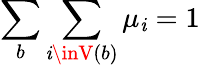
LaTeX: \sum_{b}\sum_{\mathit{i}\inV(b)}\mu_{\mathit{i}}=1